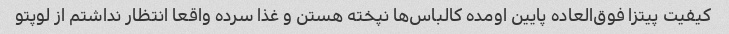
کیفیت پیتزا فوق‌العاده پایین اومده کالباس‌ها نپخته هستن و غذا سرده واقعا انتظار نداشتم از لوپتو